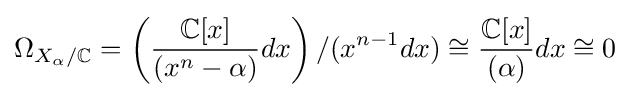
\Omega _{X_{\alpha }/\mathbb {C} }=\left({\frac {\mathbb {C} [x]}{(x^{n}-\alpha )}}dx\right)/(x^{n-1}dx)\cong {\frac {\mathbb {C} [x]}{(\alpha )}}dx\cong 0